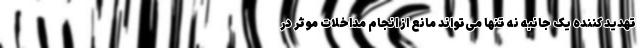
تهدید کننده یک جانبه نه تنها می‌تواند مانع از انجام مداخلات موثر در